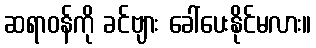
ဆရာဝန်ကို ခင်ဗျား ခေါ်ပေးနိုင်မလား။